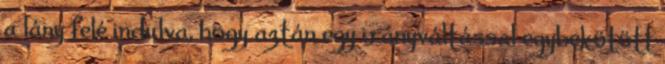
a lány felé indulva, hogy aztán egy irányváltással egybekötött